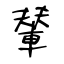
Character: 輦